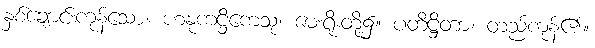
နှစ်ချောင်းကုန်သော။ ဟနုကဋ္ဌိကေသု၊ မေးရိုးတို့၌။ ပတိဋ္ဌိတာ၊ တည်ကုန်၏။